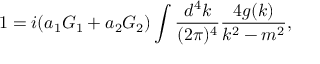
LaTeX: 1 = i ( a _ { 1 } G _ { 1 } + a _ { 2 } G _ { 2 } ) \int { \frac { d ^ { 4 } k } { ( 2 \pi ) ^ { 4 } } } { \frac { 4 g ( k ) } { k ^ { 2 } - m ^ { 2 } } } ,